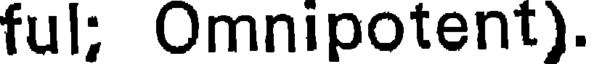
ful; Omnipotent).